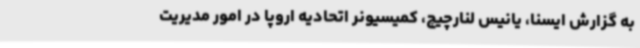
به گزارش ایسنا، یانیس لنارچیچ، کمیسیونر اتحادیه اروپا در امور مدیریت